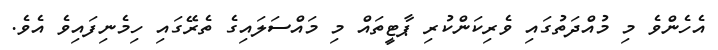
އެހެންވެ މި މުއްދަތުގައި ވެރިކަންކުރި ޕާޓީތައް މި މައްސަލައިގެ ތެރޭގައި ހިމެނިފައިވެ އެވެ.